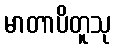
မာတာပိတူသု